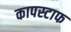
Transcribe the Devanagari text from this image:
कापस्टाफ